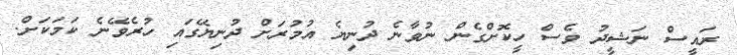
ރައީސް ނަޝީދު ވެސް ހީކޮށްގެން ނުވާނެ ދުނިޔެ އުމުރަށް ދުނިޔޭގައި ހުރެވޭނެ ކަމަކަށް.